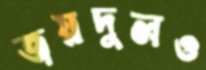
জয়দুলও